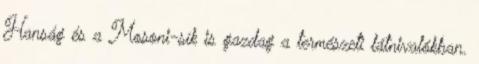
Hanság és a Mosoni-sík is gazdag a természeti látnivalókban.